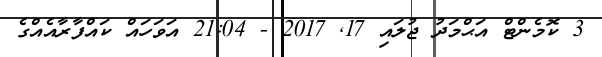
3 ކޮމެންޓް އަޙްމަދު ޖުލައި 17